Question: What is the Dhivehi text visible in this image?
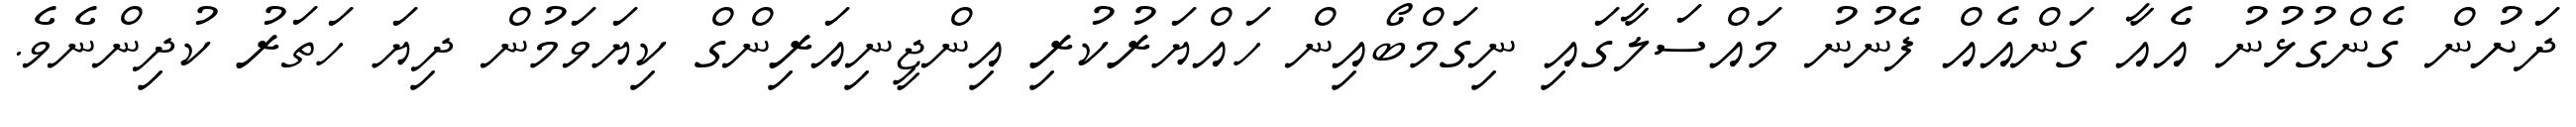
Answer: ދަށުން ގެންގުޅުނު އެއާ ގަންއެއް ފެނުނު މައްސަލާގައި ނިގަމްބޯއިން ހައްޔަރުކުރި އިންޖީނިއަރިންގް ކިޔަވަމުން ދިޔަ ހަތަރު ކުދިންނެވެ.